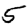
Digit: 5